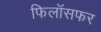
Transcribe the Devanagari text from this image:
फिलॉसफर